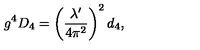
g ^ { 4 } D _ { 4 } = \left( \frac { \lambda ^ { \prime } } { 4 \pi ^ { 2 } } \right) ^ { 2 } d _ { 4 } ,